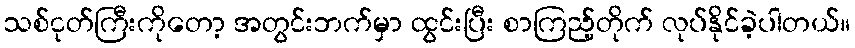
သစ်ငုတ်ကြီးကိုတော့ အတွင်းဘက်မှာ ထွင်းပြီး စာကြည့်တိုက် လုပ်နိုင်ခဲ့ပါတယ်။